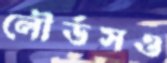
লৌর্ডসও